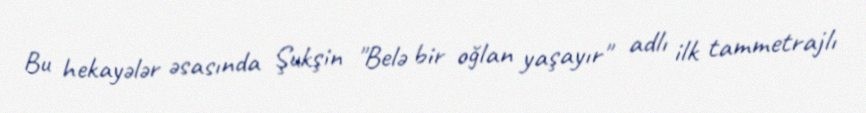
Bu hekayələr əsasında Şukşin "Belə bir oğlan yaşayır" adlı ilk tammetrajlı